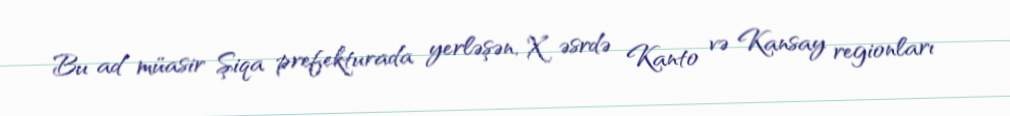
Bu ad müasir Şiqa prefekturada yerləşən, X əsrdə Kanto və Kansay regionları